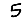
Digit: 5